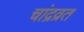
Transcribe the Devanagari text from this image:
चांद्रव्रत